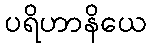
ပရိဟာနိယေ